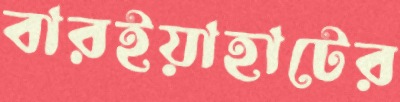
বারইয়াহাটের